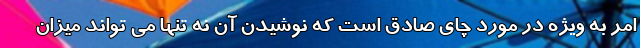
امر به ویژه در مورد چای صادق است که نوشیدن آن نه تنها می تواند میزان